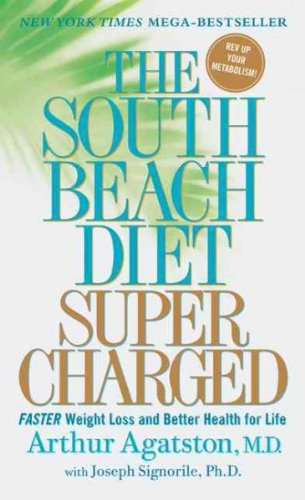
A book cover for [Faster Weight Loss and Better Health for Life]The South Beach Diet Supercharged[Paperback ]on April 28, 2009; Arthur Agatston; Health, Fitness & Dieting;